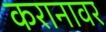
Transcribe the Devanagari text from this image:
करानावर